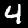
Digit: 4